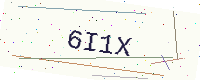
Text: 6I1X